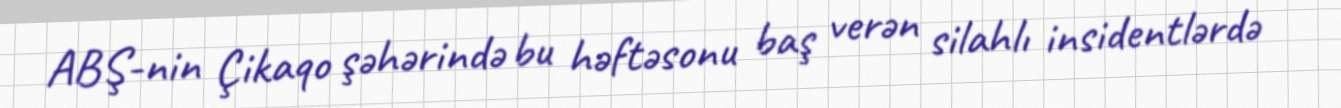
ABŞ-nin Çikaqo şəhərində bu həftəsonu baş verən silahlı insidentlərdə